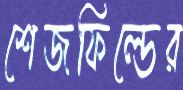
শেজফিল্ডের